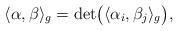
LaTeX: \begin{align*} \langle\alpha,\beta\rangle_g=\det\bigl(\langle\alpha_i,\beta_j\rangle_g\bigr),\end{align*}